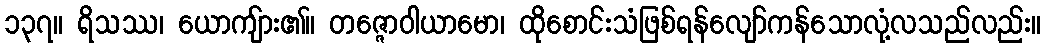
၁၃၇။ ရိသဿ၊ ယောကျ်ား၏။ တဇ္ဇောဝါယာမော၊ ထိုစောင်းသံဖြစ်ရန်လျော်ကန်သောလုံ့လသည်လည်း။